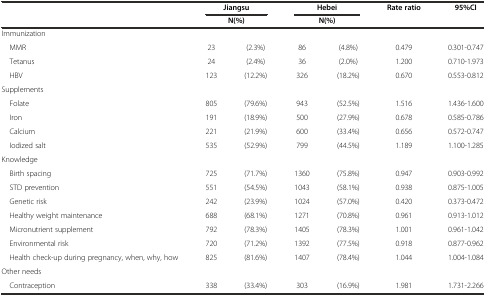
<table><thead><tr><td></td><td colspan="2"><b>Jiangsu</b></td><td colspan="2"><b>Hebei</b></td><td><b>Rate ratio</b></td><td><b>95%CI</b></td></tr><tr><td></td><td colspan="2"><b>N(%)</b></td><td colspan="2"><b>N(%)</b></td><td></td><td></td></tr></thead><tbody><tr><td>Immunization</td><td></td><td></td><td></td><td></td><td></td><td></td></tr><tr><td> MMR</td><td>23</td><td>(2.3%)</td><td>86</td><td>(4.8%)</td><td>0.479</td><td>0.301-0.747</td></tr><tr><td> Tetanus</td><td>24</td><td>(2.4%)</td><td>36</td><td>(2.0%)</td><td>1.200</td><td>0.710-1.973</td></tr><tr><td> HBV</td><td>123</td><td>(12.2%)</td><td>326</td><td>(18.2%)</td><td>0.670</td><td>0.553-0.812</td></tr><tr><td>Supplements</td><td></td><td></td><td></td><td></td><td></td><td></td></tr><tr><td> Folate</td><td>805</td><td>(79.6%)</td><td>943</td><td>(52.5%)</td><td>1.516</td><td>1.436-1.600</td></tr><tr><td> Iron</td><td>191</td><td>(18.9%)</td><td>500</td><td>(27.9%)</td><td>0.678</td><td>0.585-0.786</td></tr><tr><td> Calcium</td><td>221</td><td>(21.9%)</td><td>600</td><td>(33.4%)</td><td>0.656</td><td>0.572-0.747</td></tr><tr><td> Iodized salt</td><td>535</td><td>(52.9%)</td><td>799</td><td>(44.5%)</td><td>1.189</td><td>1.100-1.285</td></tr><tr><td>Knowledge</td><td></td><td></td><td></td><td></td><td></td><td></td></tr><tr><td> Birth spacing</td><td>725</td><td>(71.7%)</td><td>1360</td><td>(75.8%)</td><td>0.947</td><td>0.903-0.992</td></tr><tr><td> STD prevention</td><td>551</td><td>(54.5%)</td><td>1043</td><td>(58.1%)</td><td>0.938</td><td>0.875-1.005</td></tr><tr><td> Genetic risk</td><td>242</td><td>(23.9%)</td><td>1024</td><td>(57.0%)</td><td>0.420</td><td>0.373-0.472</td></tr><tr><td> Healthy weight maintenance</td><td>688</td><td>(68.1%)</td><td>1271</td><td>(70.8%)</td><td>0.961</td><td>0.913-1.012</td></tr><tr><td> Micronutrient supplement</td><td>792</td><td>(78.3%)</td><td>1405</td><td>(78.3%)</td><td>1.001</td><td>0.961-1.042</td></tr><tr><td> Environmental risk</td><td>720</td><td>(71.2%)</td><td>1392</td><td>(77.5%)</td><td>0.918</td><td>0.877-0.962</td></tr><tr><td> Health check-up during pregnancy, when, why, how</td><td>825</td><td>(81.6%)</td><td>1407</td><td>(78.4%)</td><td>1.044</td><td>1.004-1.084</td></tr><tr><td>Other needs</td><td></td><td></td><td></td><td></td><td></td><td></td></tr><tr><td> Contraception</td><td>338</td><td>(33.4%)</td><td>303</td><td>(16.9%)</td><td>1.981</td><td>1.731-2.266</td></tr></tbody></table>